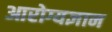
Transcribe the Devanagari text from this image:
आरोग्यज्ञान